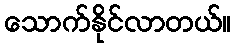
သောက်နိုင်လာတယ်။